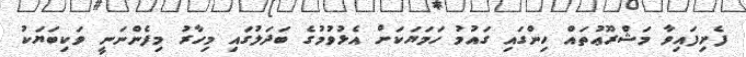
ފެށިފައިވާ މަޝްރޫޢުތައް ހިންގައި ގައުމު ހަމަޔަކަށް އެޅުވުމުގެ ބަދަލުގައި މިހާރު މިފެންނަނީ ވަކިބަޔަކު